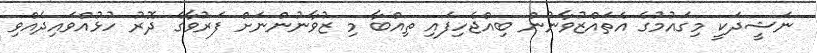
ނަޝީދަކީ މިގައުމުގެ އެތައްޒުވާނުން ބިއްޖެހިފައި ތިއްބާ މި ޒުވާނުންނަށް ފަރުވާގެ ދޮރު ހުޅުއްވައިދެއްވި